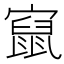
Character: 𱚔